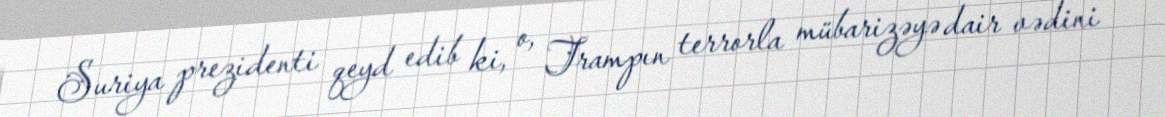
Suriya prezidenti qeyd edib ki, o, Trampın terrorla mübarizəyə dair vədini